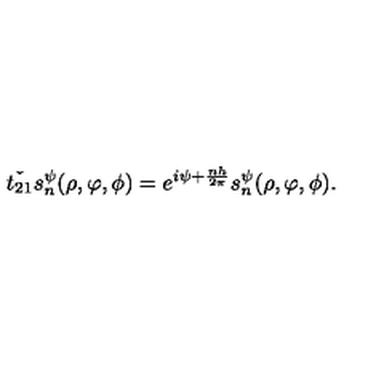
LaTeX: \check { t _ { 2 1 } } s _ { n } ^ { \psi } ( \rho , \varphi , \phi ) = e ^ { i \psi + \frac { n h } { 2 \pi } } s _ { n } ^ { \psi } ( \rho , \varphi , \phi ) .